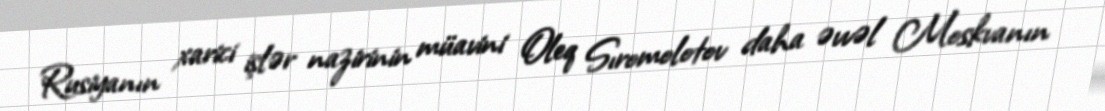
Rusiyanın xarici işlər nazirinin müavini Oleq Sıromolotov daha əvvəl Moskvanın